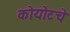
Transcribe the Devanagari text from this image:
कोयोटचे